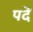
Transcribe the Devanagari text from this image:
पदें